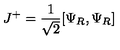
J ^ { + } = { \frac { 1 } { \sqrt 2 } } [ \Psi _ { R } , \Psi _ { R } ]